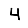
Digit: 4